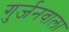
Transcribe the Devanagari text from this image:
गुर्जनवाला